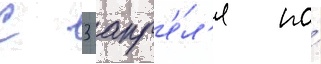
С 3 апр'е́л'я по́